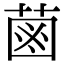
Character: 𦳊